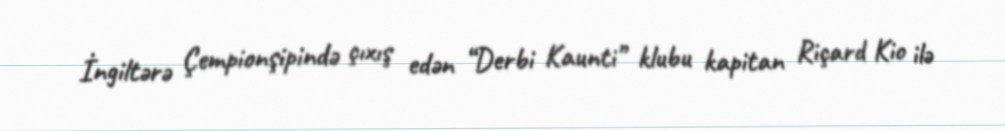
İngiltərə Çempionşipində çıxış edən “Derbi Kaunti” klubu kapitan Riçard Kio ilə